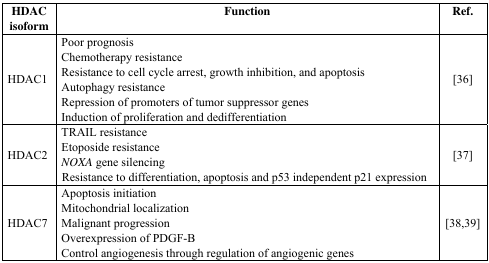
<table><thead><tr><td><b>HDAC isoform</b></td><td><b>Function</b></td><td><b>Ref.</b></td></tr></thead><tbody><tr><td>HDAC1</td><td>Poor prognosisChemotherapy resistanceResistance to cell cycle arrest, growth inhibition, and apoptosisAutophagy resistanceRepression of promoters of tumor suppressor genesInduction of proliferation and dedifferentiation</td><td>[36]</td></tr><tr><td>HDAC2</td><td>TRAIL resistanceEtoposide resistance<i>NOXA</i> gene silencingResistance to differentiation, apoptosis and p53 independent p21 expression</td><td>[37]</td></tr><tr><td>HDAC7</td><td>Apoptosis initiationMitochondrial localizationMalignant progressionOverexpression of PDGF-BControl angiogenesis through regulation of angiogenic genes</td><td>[38,39]</td></tr></tbody></table>